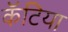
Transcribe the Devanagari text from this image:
कॅटिया